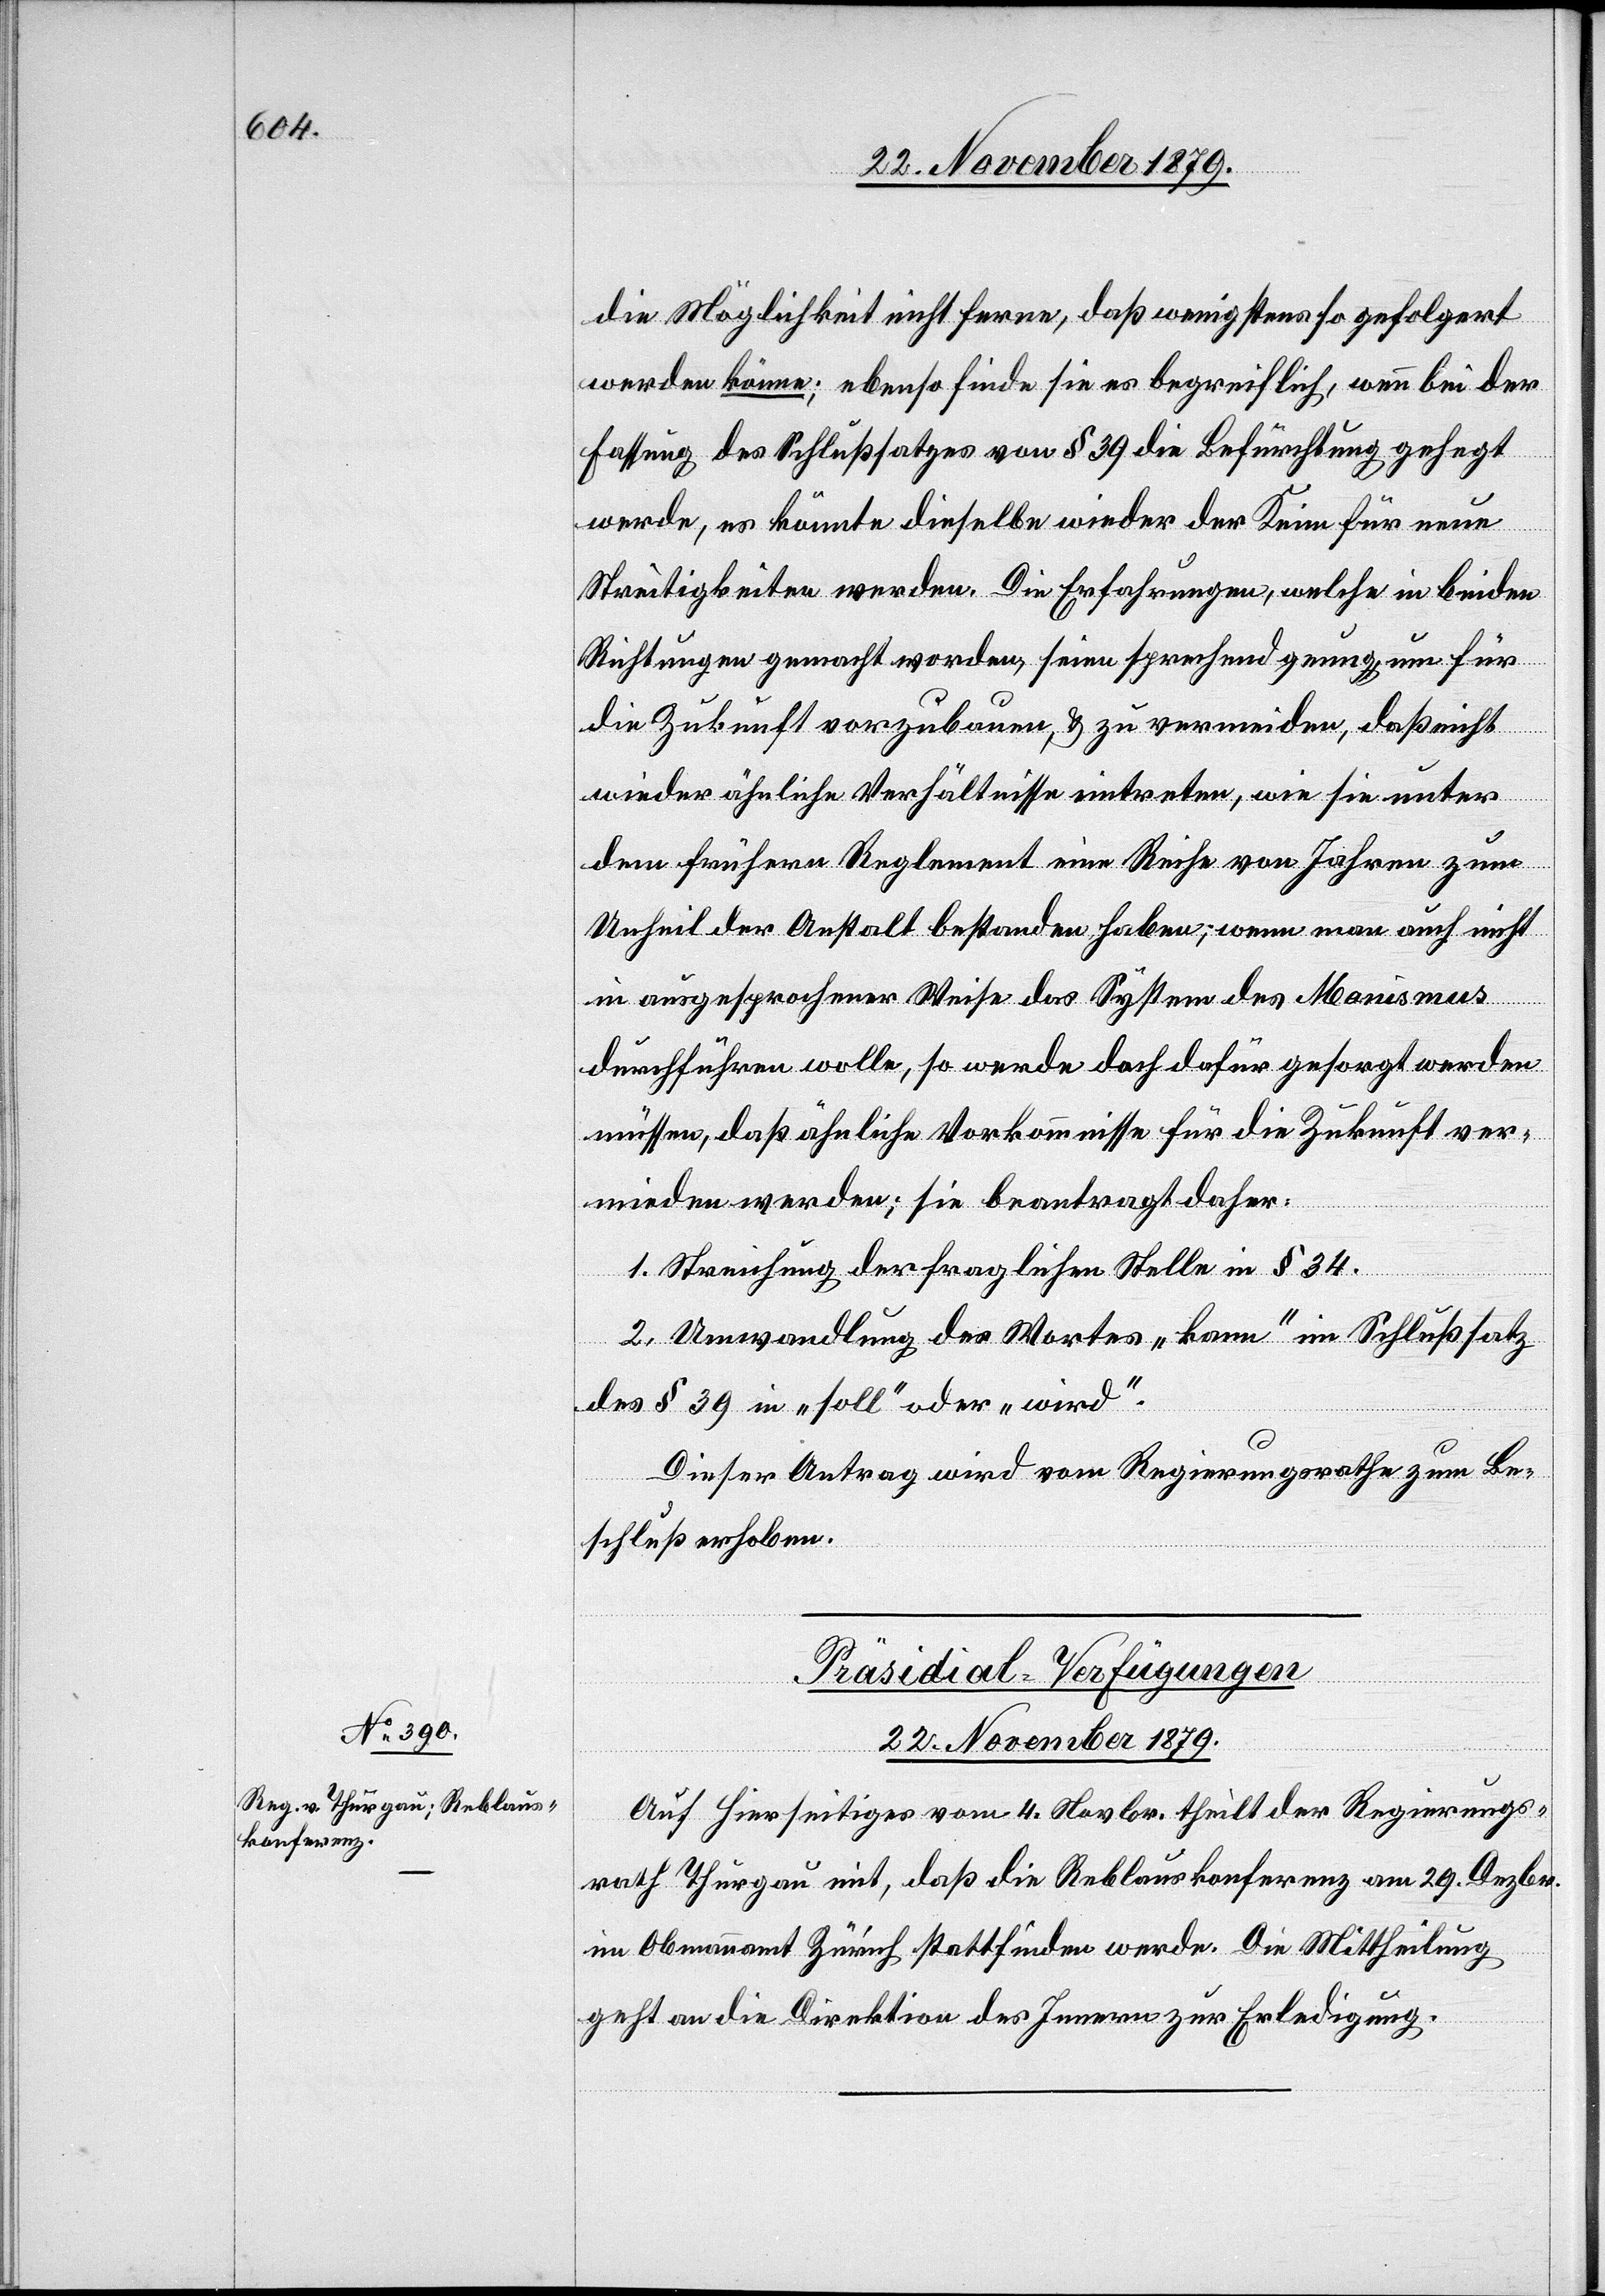
die Möglichkeit nicht ferne, daß wenigstens so gefolgert
werden könne; ebenso finde sie es begreiflich, wenn bei der
Fassung des Schlußsatzes von § 39 die Befürchtung gehegt
werde, es könnte dieselbe wieder der Keim für neue
Streitigkeiten werden. Die Erfahrungen, welche in beiden
Richtungen gemacht worden, seien sprechend genug, um für
die Zukunft zu bauen, & zu vermeiden, daß nicht
wieder ähnliche Verhältnisse eintreten, wie sie unter
dem frühern Reglement eine Reihe von Jahren zum
Unheil der Anstalt bestanden haben; wenn man auch nicht
in ausgesprochener Weise das System des Manismus
durchführen wolle, so werde doch dafür gesorgt werden
müssen, daß ähnliche Vorkommnisse für die Zukunft ver¬
mieden werden; sie beantragt daher:
1. Streichung der fraglichen Stelle in § 34.
2. Umwandlung des Wortes „kann“ im Schlußsatz
des § 39 in „soll“ oder „wird“.
Dieser Antrag wird vom Regierungsrathe zum Be¬
schluß erhoben.
Präsidial-Verfügungen
22. November 1879.
Auf hierseitiges vom 4. Novbr. theilt der Regierungs¬
rath Thurgau mit, daß die Reblauskonferenz am 29. Dezbr.
im Obmannamt Zürich stattfinden werde. Die Mittheilung
geht an die Direktion des Innern zur Erledigung.